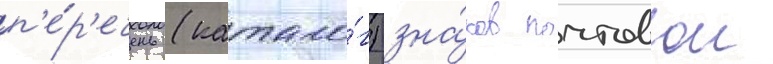
п'е́р'ечень (катало́г) зна́ков почтовои